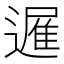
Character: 𮟈